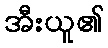
အီးယူ၏